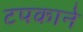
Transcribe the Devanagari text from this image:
टपकाने